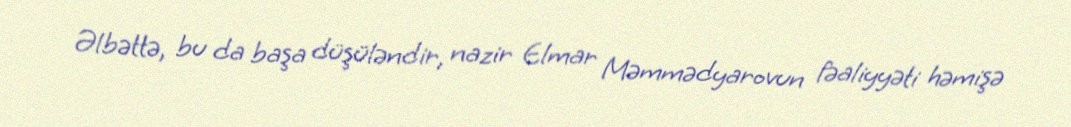
Əlbəttə, bu da başa düşüləndir, nazir Elmar Məmmədyarovun fəaliyyəti həmişə